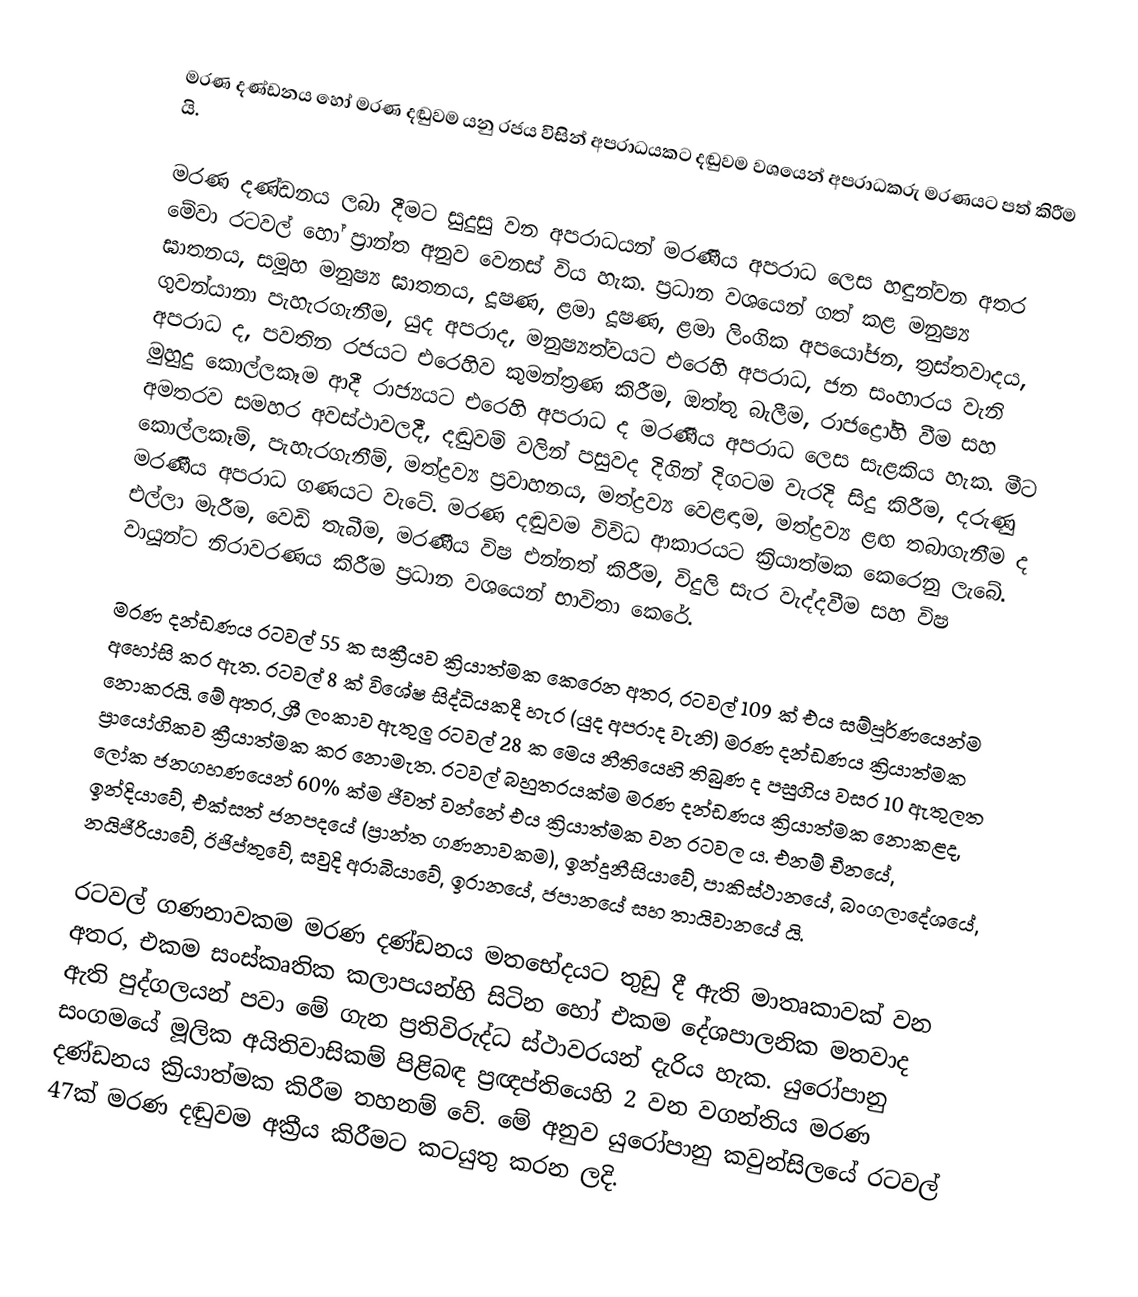
මරණ දණ්ඩනය හෝ මරණ දඬුවම යනු රජය විසින් අපරාධයකට දඬුවම වශයෙන් අපරාධකරු මරණයට පත් කිරීම යි.

මරණ දණ්ඩනය ලබා දීමට සුදුසු වන අපරාධයන් මරණීය අපරාධ ලෙස හඳුන්වන අතර මේවා රටවල් හෝ ප්‍රාන්ත අනුව වෙනස් විය හැක. ප්‍රධාන වශයෙන් ගත් කළ මනුෂ්‍ය ඝාතනය, සමූහ මනුෂ්‍ය ඝාතනය, දූෂණ, ළමා දූෂණ, ළමා ලිංගික අපයෝජන, ත්‍රස්තවාදය, ගුවන්යානා පැහැරගැනීම, යුද අපරාද, මනුෂ්‍යත්වයට එරෙහි අපරාධ, ජන සංහාරය වැනි අපරාධ ද, පවතින රජයට එරෙහිව කුමන්ත්‍රණ කිරීම, ඔත්තු බැලීම, රාජද්‍රෝහි වීම සහ මුහුදු කොල්ලකෑම ආදී රාජ්‍යයට එරෙහි අපරාධ ද මරණීය අපරාධ ලෙස සැළකිය හැක. මීට අමතරව සමහර අවස්ථාවලදී, දඬුවම් වලින් පසුවද දිගින් දිගටම වැරදි සිදු කිරීම, දරුණු කොල්ලකෑම්, පැහැරගැනීම්, මත්ද්‍රව්‍ය ප්‍රවාහනය, මත්ද්‍රව්‍ය වෙළඳාම, මත්ද්‍රව්‍ය ළඟ තබාගැනීම ද මරණීය අපරාධ ගණයට වැටේ. මරණ දඬුවම විවිධ ආකාරයට ක්‍රියාත්මක කෙරෙනු ලැබේ. එල්ලා මැරීම, වෙඩි තැබීම, මරණීය විෂ එන්නත් කිරීම, විදුලි සැර වැද්දවීම සහ විෂ වායූන්ට නිරාවරණය කිරීම ප්‍රධාන වශයෙන් භාවිතා කෙරේ.

මරණ දන්ඩණය රටවල් 55 ක සක්‍රීයව ක්‍රියාත්මක කෙරෙන අතර, රටවල් 109 ක් එය සම්පූර්ණයෙන්ම අහෝසි කර ඇත. රටවල් 8 ක් විශේෂ සිද්ධියකදී හැර (යුද අපරාද වැනි) මරණ දන්ඩණය ක්‍රියාත්මක නොකරයි. මේ අතර, ශ්‍රී ලංකාව ඇතුලු රටවල් 28 ක මෙය නීතියෙහි තිබුණ ද පසුගිය වසර 10 ඇතුලත ප්‍රායෝගිකව ක්‍රීයාත්මක කර නොමැත. රටවල් බහුතරයක්ම මරණ දන්ඩණය ක්‍රියාත්මක නොකළද, ලෝක ජනගහණයෙන් 60% ක්ම ජීවත් වන්නේ එය ක්‍රියාත්මක වන රටවල ය. එනම් චීනයේ, ඉන්දියාවේ, එක්සත් ජනපදයේ (ප්‍රාන්ත ගණනාවකම), ඉන්දුනීසියාවේ, පාකිස්ථානයේ, බංගලාදේශයේ, නයිජීරියාවේ, ඊජිප්තුවේ, සවුදි අරාබියාවේ, ඉරානයේ, ජපානයේ සහ තායිවානයේ යි.

රටවල් ගණනාවකම මරණ දණ්ඩනය මතභේදයට තුඩු දී ඇති මාතෘකාවක් වන අතර, එකම සංස්කෘතික කලාපයන්හි සිටින හෝ එකම දේශපාලනික මතවාද ඇති පුද්ගලයන් පවා මේ ගැන ප්‍රතිවිරුද්ධ ස්ථාවරයන් දැරිය හැක. යුරෝපානු සංගමයේ මූලික අයිතිවාසිකම් පිළිබඳ ප්‍රඥප්තියෙහි 2 වන වගන්තිය මරණ දණ්ඩනය ක්‍රියාත්මක කිරීම තහනම් වේ. මේ අනුව යුරෝපානු කවුන්සිලයේ රටවල් 47ක් මරණ දඬුවම අක්‍රීය කිරීමට කටයුතු කරන ලදි.